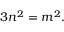
3 n ^ { 2 } = m ^ { 2 } .